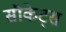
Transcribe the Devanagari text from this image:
सौकेट्स